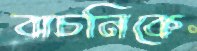
বাচনিকে